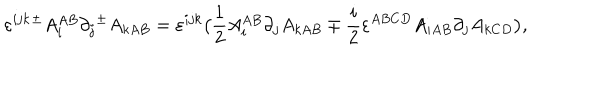
LaTeX: \varepsilon ^ { i j k } { ^ { \pm } } A _ { i } ^ { A B } \partial _ { j } { ^ { \pm } } A _ { k A B } = \varepsilon ^ { i j k } \big ( { \frac { 1 } { 2 } } A _ { i } ^ { A B } \partial _ { j } A _ { k A B } \mp { \frac { i } { 2 } } \varepsilon ^ { A B C D } A _ { i A B } \partial _ { j } A _ { k C D } \big ) ,